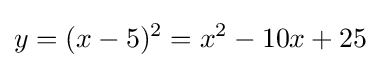
y=(x-5)^{2}=x^{2}-10x+25